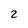
Character: 2